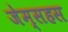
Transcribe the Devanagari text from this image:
जेम्सहस